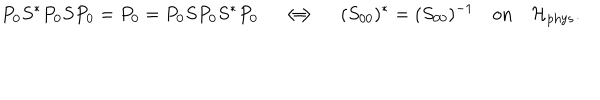
P _ { 0 } S ^ { * } P _ { 0 } S P _ { 0 } = P _ { 0 } = P _ { 0 } S P _ { 0 } S ^ { * } P _ { 0 } \quad \Longleftrightarrow \quad ( S _ { 0 0 } ) ^ { * } = ( S _ { 0 0 } ) ^ { - 1 } \quad \mathrm { o n } \quad \mathcal { H } _ { \mathrm { p h y s } } .